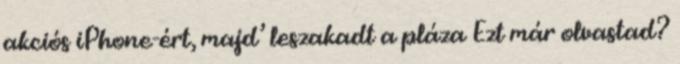
akciós iPhone-ért, majd’ leszakadt a pláza Ezt már olvastad?